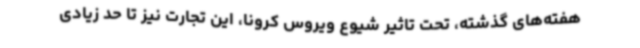
هفته‌های گذشته، تحت تاثیر شیوع ویروس کرونا، این تجارت نیز تا حد زیادی